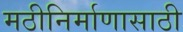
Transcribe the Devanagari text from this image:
मठीनिर्माणासाठी